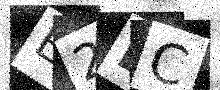
Text: E2EC